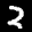
Label: 2